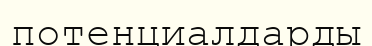
потенциалдарды